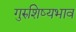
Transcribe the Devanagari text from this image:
गुरुशिष्यभाव